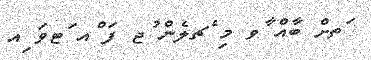
ަތށް ބާއް ާވ މި ެޗލެން ުޖ ފަ ްއ ަޓވަ ިއ